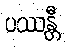
ပဿန္တီ